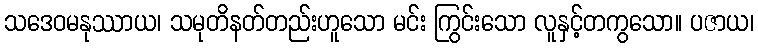
သဒေဝမနုဿာယ၊ သမုတိနတ်တည်းဟူသော မင်း ကြွင်းသော လူနှင့်တကွသော။ ပဇာယ၊